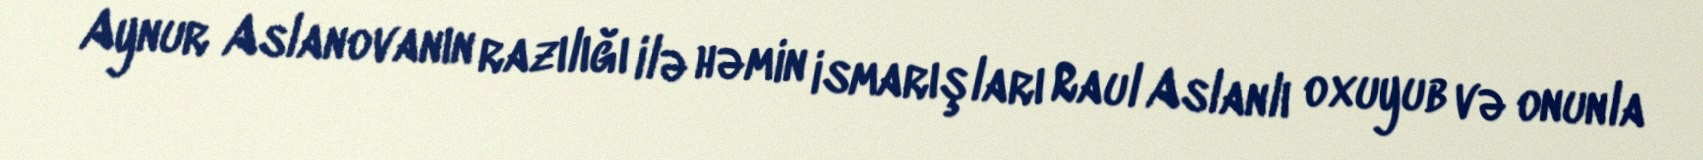
Aynur Aslanovanın razılığı ilə həmin ismarışları Raul Aslanlı oxuyub və onunla